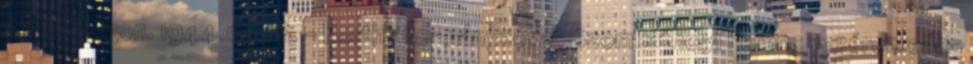
a Déli-Bugon. 1944.03.18. - Horthy kormányzóval, Szombathelyi Ferenc vezérezredes